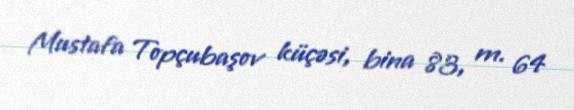
Mustafa Topçubaşov küçəsi, bina 83, m. 64